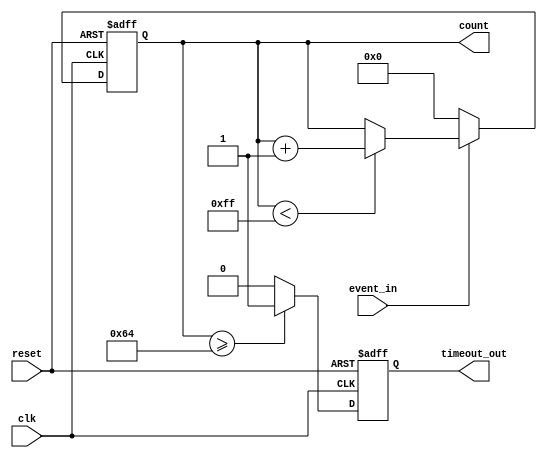
module timeout_counter #(
    parameter COUNTER_WIDTH = 8,  // Width of the counter (adjust as needed)
    parameter TIMEOUT_THRESHOLD = 100 // Define the timeout threshold
)(
    input wire clk,                // Clock signal
    input wire reset,              // Reset signal
    input wire event_in,           // Event signal
    output reg [COUNTER_WIDTH-1:0] count, // Counter value
    output reg timeout_out         // Time-out signal
);

    // Initialize the counter and timeout signal
    initial begin
        count = 0;
        timeout_out = 0;
    end

    // Synchronous process
    always @(posedge clk or posedge reset) begin
        if (reset) begin
            // Reset the counter and timeout signal
            count <= 0;
            timeout_out <= 0;
        end else begin
            if (event_in) begin
                // Increment the counter if the event is active
                if (count < (1 << COUNTER_WIDTH) - 1) begin
                    count <= count + 1;
                end
            end else begin
                // Reset the counter if the event is inactive
                count <= 0;
            end
            
            // Check for timeout condition
            if (count >= TIMEOUT_THRESHOLD) begin
                timeout_out <= 1; // Assert timeout signal
            end else begin
                timeout_out <= 0; // Deassert timeout signal
            end
        end
    end

endmodule